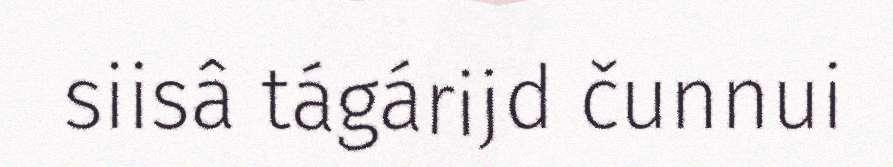
siisâ tágárijd čunnui